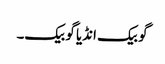
گو بیک انڈیا گو بیک۔